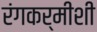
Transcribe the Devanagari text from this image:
रंगकर्मीशी